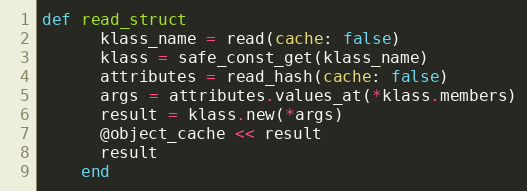
Language: Ruby
def read_struct
      klass_name = read(cache: false)
      klass = safe_const_get(klass_name)
      attributes = read_hash(cache: false)
      args = attributes.values_at(*klass.members)
      result = klass.new(*args)
      @object_cache << result
      result
    end